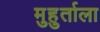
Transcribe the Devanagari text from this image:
मुहुर्ताला